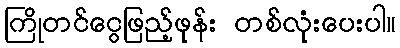
ကြိုတင်ငွေဖြည့်ဖုန်း တစ်လုံးပေးပါ။